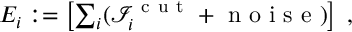
\begin{array} { r } { E _ { i } : = \left[ \sum _ { i } ( \mathcal I _ { i } ^ { \mathrm { ~ c ~ u ~ t ~ } } + \mathrm { ~ n ~ o ~ i ~ s ~ e ~ } ) \right] \; , } \end{array}